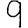
Digit: 9